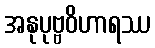
အနုပုဗ္ဗဝိဟာရဿ